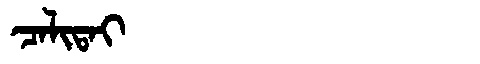
Manchu: ᠴᠠᠯᡳᡨᠠᡳ
Romanization: CALITAI